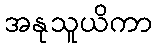
အနုသူယိကာ